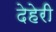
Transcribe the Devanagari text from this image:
देहेरी